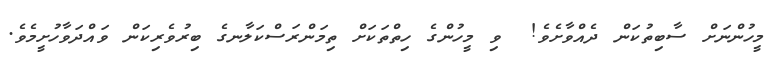
މީހުންނަށް ސާބިތުކަން ދެއްވާށެވެ!  ވި މީހުންގެ ހިތްތަކަށް ތިމަންރަސްކަލާނގެ ބިރުވެރިކަން ވައްދަވާހުށީމެވެ.